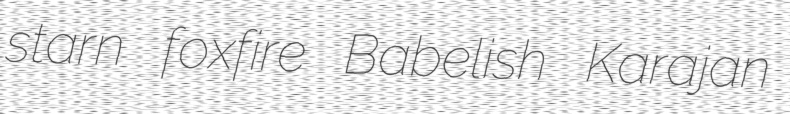
starn foxfire Babelish Karajan